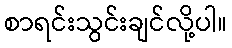
စာရင်းသွင်းချင်လို့ပါ။